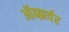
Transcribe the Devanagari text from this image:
ऑब्झर्वर